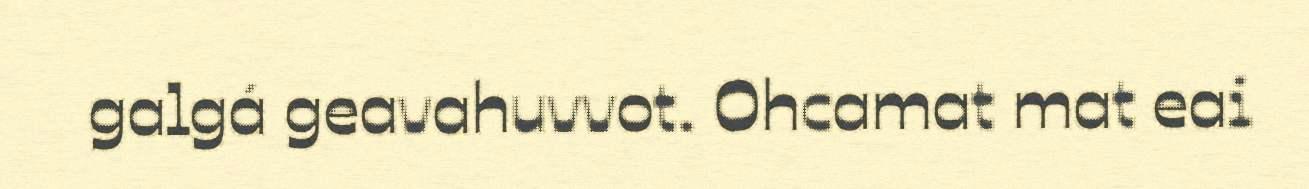
galgá geavahuvvot. Ohcamat mat eai